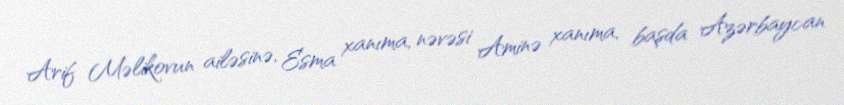
Arif Məlikovun ailəsinə, Esma xanıma, nəvəsi Aminə xanıma, başda Azərbaycan